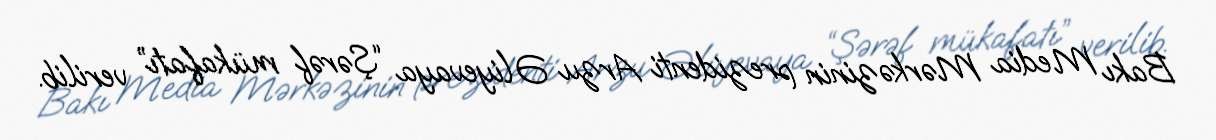
Bakı Media Mərkəzinin prezidenti Arzu Əliyevaya “Şərəf mükafatı” verilib.